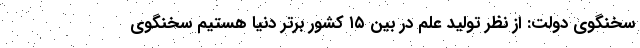
سخنگوی دولت: از نظر تولید علم در بین ۱۵ کشور برتر دنیا هستیم سخنگوی